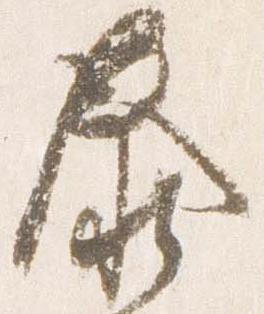
泰